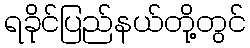
ရခိုင်ပြည်နယ်တို့တွင်